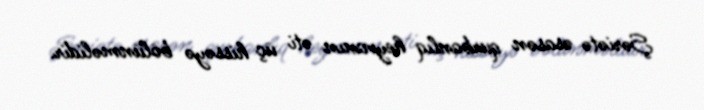
Şəriətə əsasən qurbanlıq heyvanın əti üç hissəyə bölünməlidir.